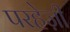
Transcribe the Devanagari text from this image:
परहेज़ी